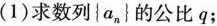
(1)求数列\left\{ a_{n}\right\}的公比q；